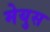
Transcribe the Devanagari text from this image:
मेयुस